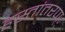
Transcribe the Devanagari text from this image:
हस्तांतरण््